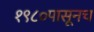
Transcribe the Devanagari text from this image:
१९८०पासूनच